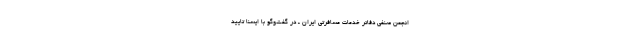
انجمن صنفی دفاتر خدمات مسافرتی ایران ـ در گفت‌وگو با ایسنا تایید